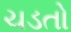
ચડતો